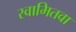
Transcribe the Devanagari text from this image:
स्वामितवा